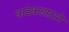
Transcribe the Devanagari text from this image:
कडकडाटाने